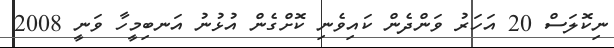
ނިކޮލަސް 20 އަހަރު ވަންދެން ކައިވެނި ކޮށްގެން އުޅުނު އަނބިމީހާ ވަނީ 2008